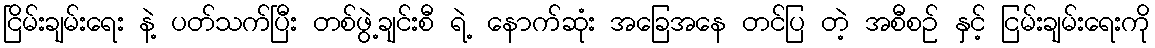
ငြိမ်းချမ်းရေး နဲ့ ပတ်သက်ပြီး တစ်ဖွဲ့ချင်းစီ ရဲ့ နောက်ဆုံး အခြေအနေ တင်ပြ တဲ့ အစီစဉ် နှင့် ငြမ်းချမ်းရေးကို